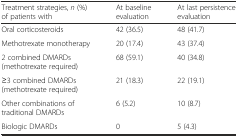
| Treatment strategies, n (%) of patients with | At baseline evaluation | At last persistence evaluation |
 | --- | --- | --- |
 | Oral corticosteroids | 42 (36.5) | 48 (41.7) |
 | Methotrexate monotherapy | 20 (17.4) | 43 (37.4) |
 | 2 combined DMARDs (methotrexate required) | 68 (59.1) | 40 (34.8) |
 | ≥3 combined DMARDs (methotrexate required) | 21 (18.3) | 22 (19.1) |
 | Other combinations of traditional DMARDs | 6 (5.2) | 10 (8.7) |
 | Biologic DMARDs | 0 | 5 (4.3) |